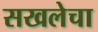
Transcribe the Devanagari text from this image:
सखलेचा